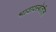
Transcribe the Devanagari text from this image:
भावावस्थेतील